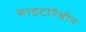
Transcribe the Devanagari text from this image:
साइटोरैबीन